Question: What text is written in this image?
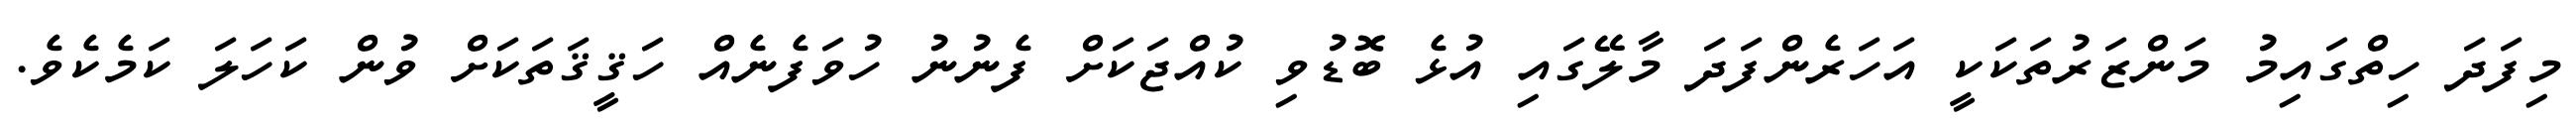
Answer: މިފަދަ ހިތްގައިމު މަންޒަރުތަކަކީ އަހަރެންފަދަ މާލޭގައި އުޅެ ބޮޑުވި ކުއްޖަކަށް ފެނުނު ހުވަފެނެއް ހަޤީޤަތަކަށް ވުން ކަހަލަ ކަމެކެވެ.